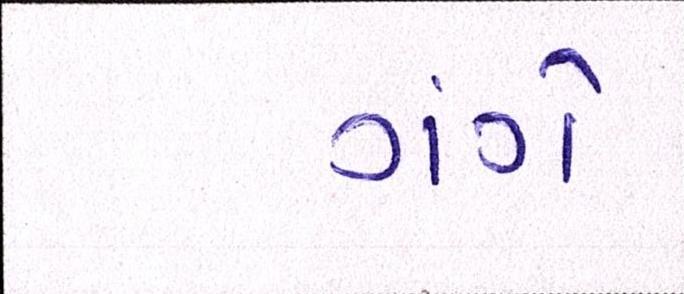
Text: ગંગે